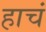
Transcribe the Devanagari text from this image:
हाचं